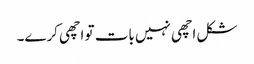
شکل اچھی نہیں بات تو اچھی کرے۔